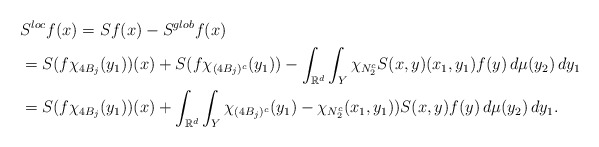
\begin{align*}&S^{loc}f(x)=Sf(x)-S^{glob}f(x)\\&=S(f\chi_{4B_j}(y_1))(x)+S(f\chi_{(4B_j)^c}(y_1))-\int_{\mathbb{R}^d}\int_Y \chi_{N_2^c}S(x,y)(x_1,y_1)f(y)\, d\mu(y_2)\,dy_1\\&=S(f\chi_{4B_j}(y_1))(x)+\int_{\mathbb{R}^d}\int_Y \chi_{(4B_j)^c}(y_1)-\chi_{N_2^c}(x_1,y_1))S(x,y)f(y)\, d\mu(y_2)\,dy_1.\end{align*}